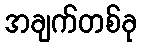
အချက်တစ်ခု